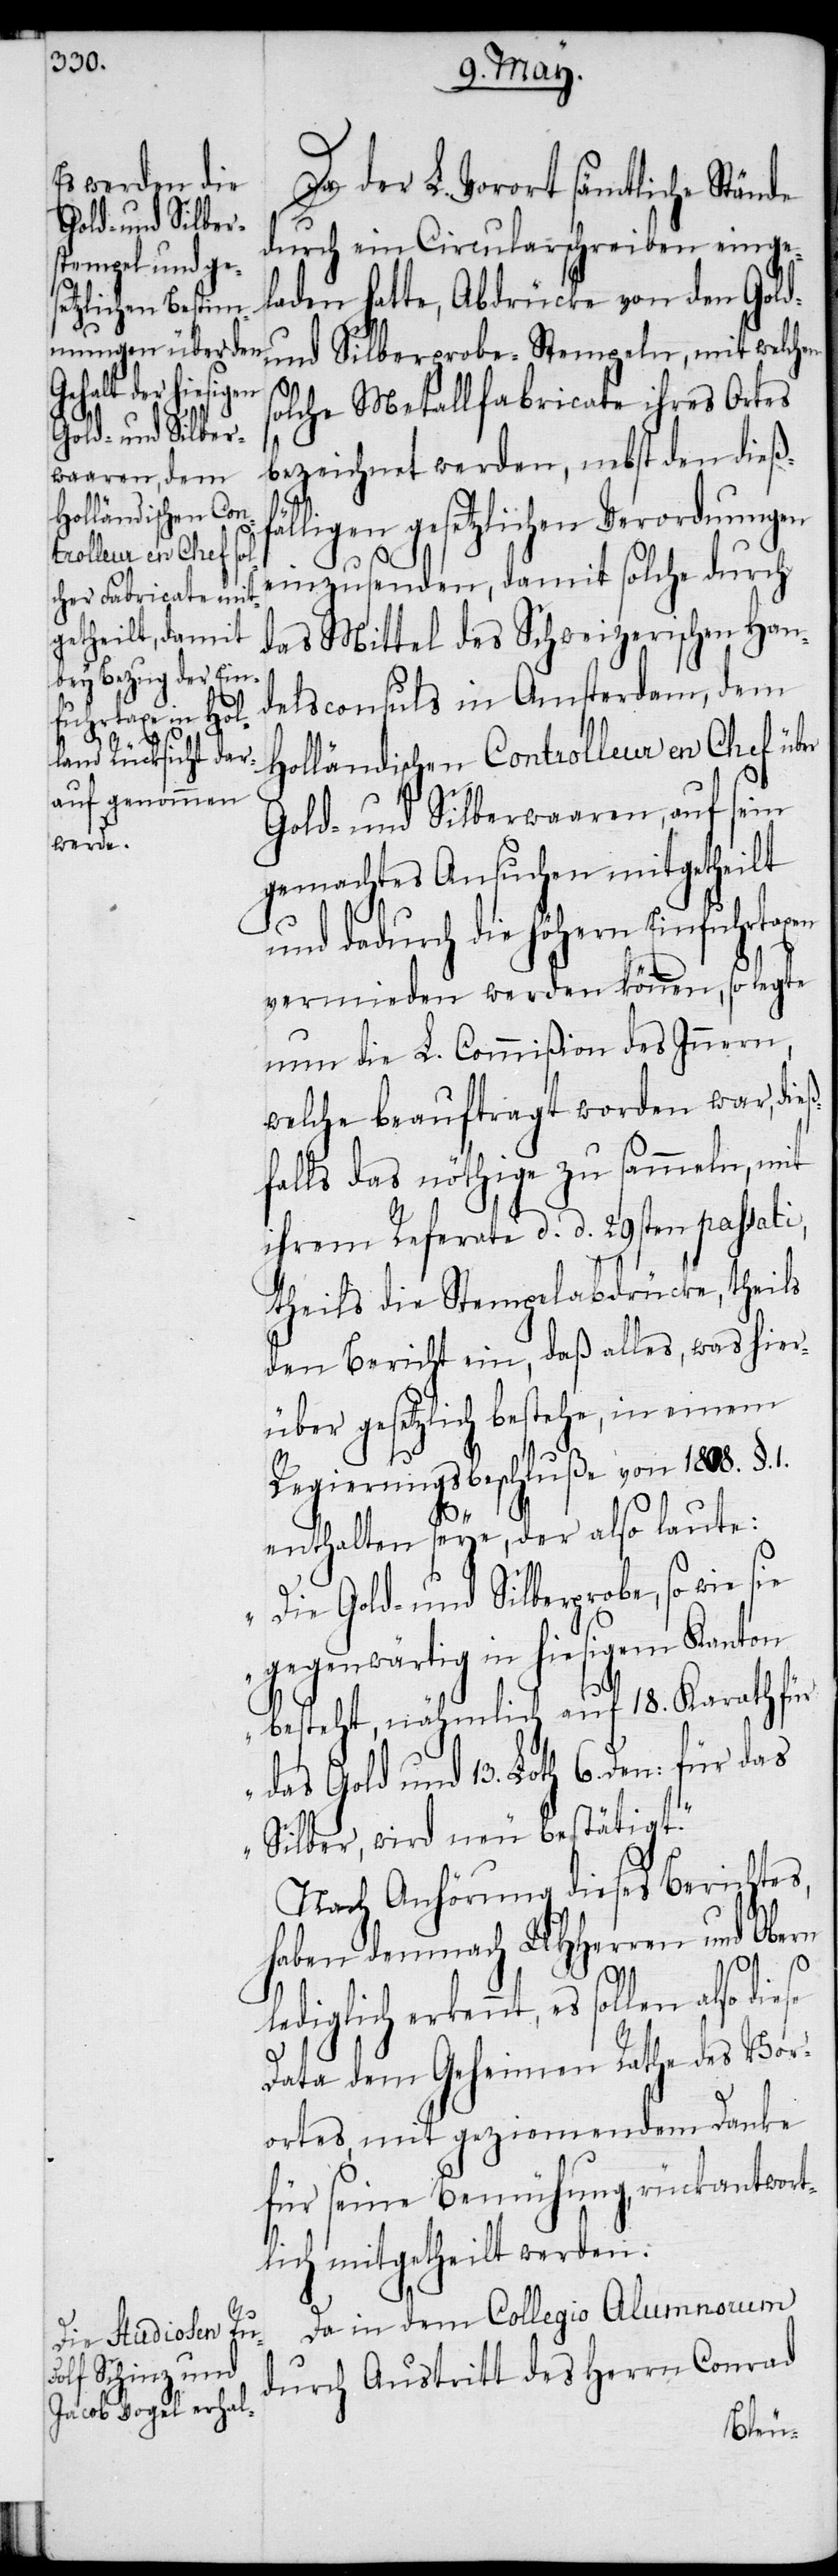
Da der L. Vorort sämtliche Stände
durch ein Circularschreiben einge¬
laden hatte, Abdrücke von den Gold-
mit welchen
olche Metallfabricate ihres Ortes
bezeichnet werden, nebst den dießf¬
älligen gesetzlichen Verordnungen
einzusenden, damit solche durch
das Mittel des Schweizerischen Han¬
delsconsuls in Amsterdam, dem
Holländischen Controlleur en Chef über
Gold- und Silberwaaren, auf sein
gemachtes Ansuchen mitgetheilt
und dadurch die höhern Einfuhrtaxen
vermieden werden können, so legte
nun die L. Commißion des Innern,
welche beauftragt worden war, die¬
ßfalls das nöthige zu sammeln, mit
ihrem Referate d. d. 29sten passati,
theils die Stempelabdrücke, theils
den Bericht ein, daß alles, was hier¬
über gesetzlich bestehe, in einem
Regierungsbeschluße von 1808. §.
s¬
1.
enthalten seye, der also laute:
„Die Gold- und Silberprobe, so wie sie
gegenwärtig in hiesigem Kanton
besteht, nähmlich auf 18. Karath für
das Gold und 13. Loth 6. Den: für das
Silber, wird neu bestätigt.“
Nach Anhörung dieses Berichtes,
haben demnach UHHerren und Obern
lediglich erkennt, es sollen also
Data dem Geheimen Rathe des Vor¬
ortes, mit geziemendem Danke
für seine Bemühung, rückantwort¬
lich mitgetheilt werden.
Da in dem Collegio Alumnorum
durch Austritt des Herrn Conrad